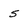
Character: 5